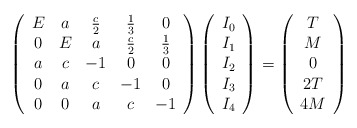
\begin{align*}\left(\begin{array}{ccccc}E & a & \frac{c}{2} & \frac{1}{3} & 0\\0 & E & a & \frac{c}{2} & \frac{1}{3}\\a & c & -1 & 0 & 0\\0 & a & c & -1 & 0\\0 & 0 & a & c & -1\end{array}\right)\left(\begin{array}{c}I_0\\ I_1\\ I_2\\ I_3\\ I_4\end{array}\right)=\left(\begin{array}{c}T \\ M \\0 \\ 2T \\ 4M\end{array}\right)\end{align*}